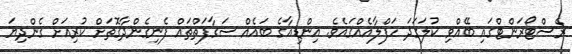
ރެސްޓޯރަންޓްގައި ބޭއްވި ކުލަގަދަ ހަފްލާއެއްގައެވެ. އިންޑިއާގެ ބައެއް ސަގާފަތްތައް ފެނިގެންދާގޮތަށް ކުރިއަށް ގެންދިޔަ